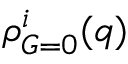
\rho _ { G = 0 } ^ { i } ( q )